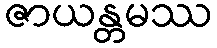
ဇာယန္တမဿ